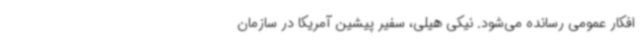
افکار عمومی رسانده می‌شود. نیکی هیلی، سفیر پیشین آمریکا در سازمان